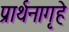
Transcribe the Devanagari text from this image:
प्रार्थनागृहे